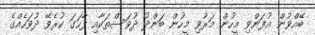
ބޭއްވުން އުފަންވި މީހުން މަރުވި މީހުން ބަންދު ދުވަސްތަކާއި ފާހަގަ ކުރެވޭ ދުވަހެއްގެ